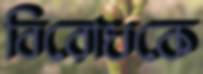
বিরোধকে